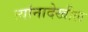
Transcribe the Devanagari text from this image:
त्यांनादेखील